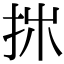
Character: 𢪹